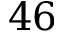
4 6